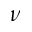
\nu